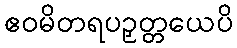
ဧဝမိတရပဉှတ္တယေပိ